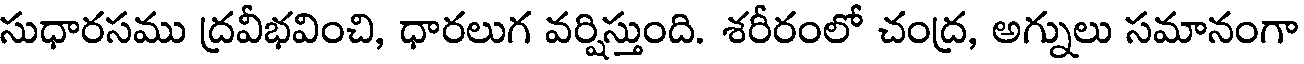
సుధారసము ద్రవీభవించి, ధారలుగ వర్షిస్తుంది. శరీరంలో చంద్ర, అగ్నులు సమానంగా